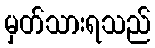
မှတ်သားရသည်